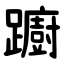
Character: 躕